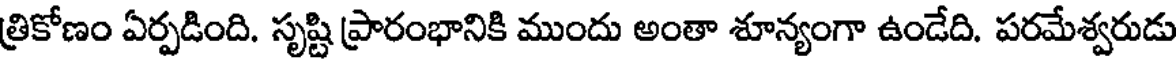
త్రికోణం ఏర్పడింది. సృష్టి ప్రారంభానికి ముందు అంతా శూన్యంగా ఉండేది. పరమేశ్వరుడు